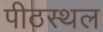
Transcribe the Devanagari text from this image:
पीठस्थल